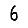
Digit: 6